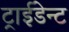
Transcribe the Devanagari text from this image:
ट्राईडेन्ट